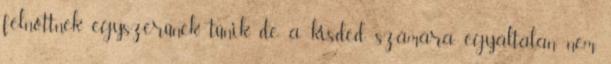
felnőttnek egyszerűnek tűnik, de a kisded számára egyáltalán nem